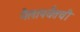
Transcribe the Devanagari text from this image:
मैलापर्यंतची